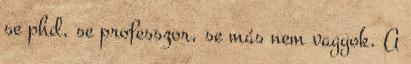
se phd, se professzor, se más nem vagyok. A